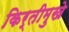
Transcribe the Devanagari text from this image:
किर्तीमुखे